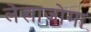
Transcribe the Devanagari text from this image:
लेखाजोगा